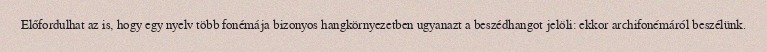
Előfordulhat az is, hogy egy nyelv több fonémája bizonyos hangkörnyezetben ugyanazt a beszédhangot jelöli: ekkor archifonémáról beszélünk.